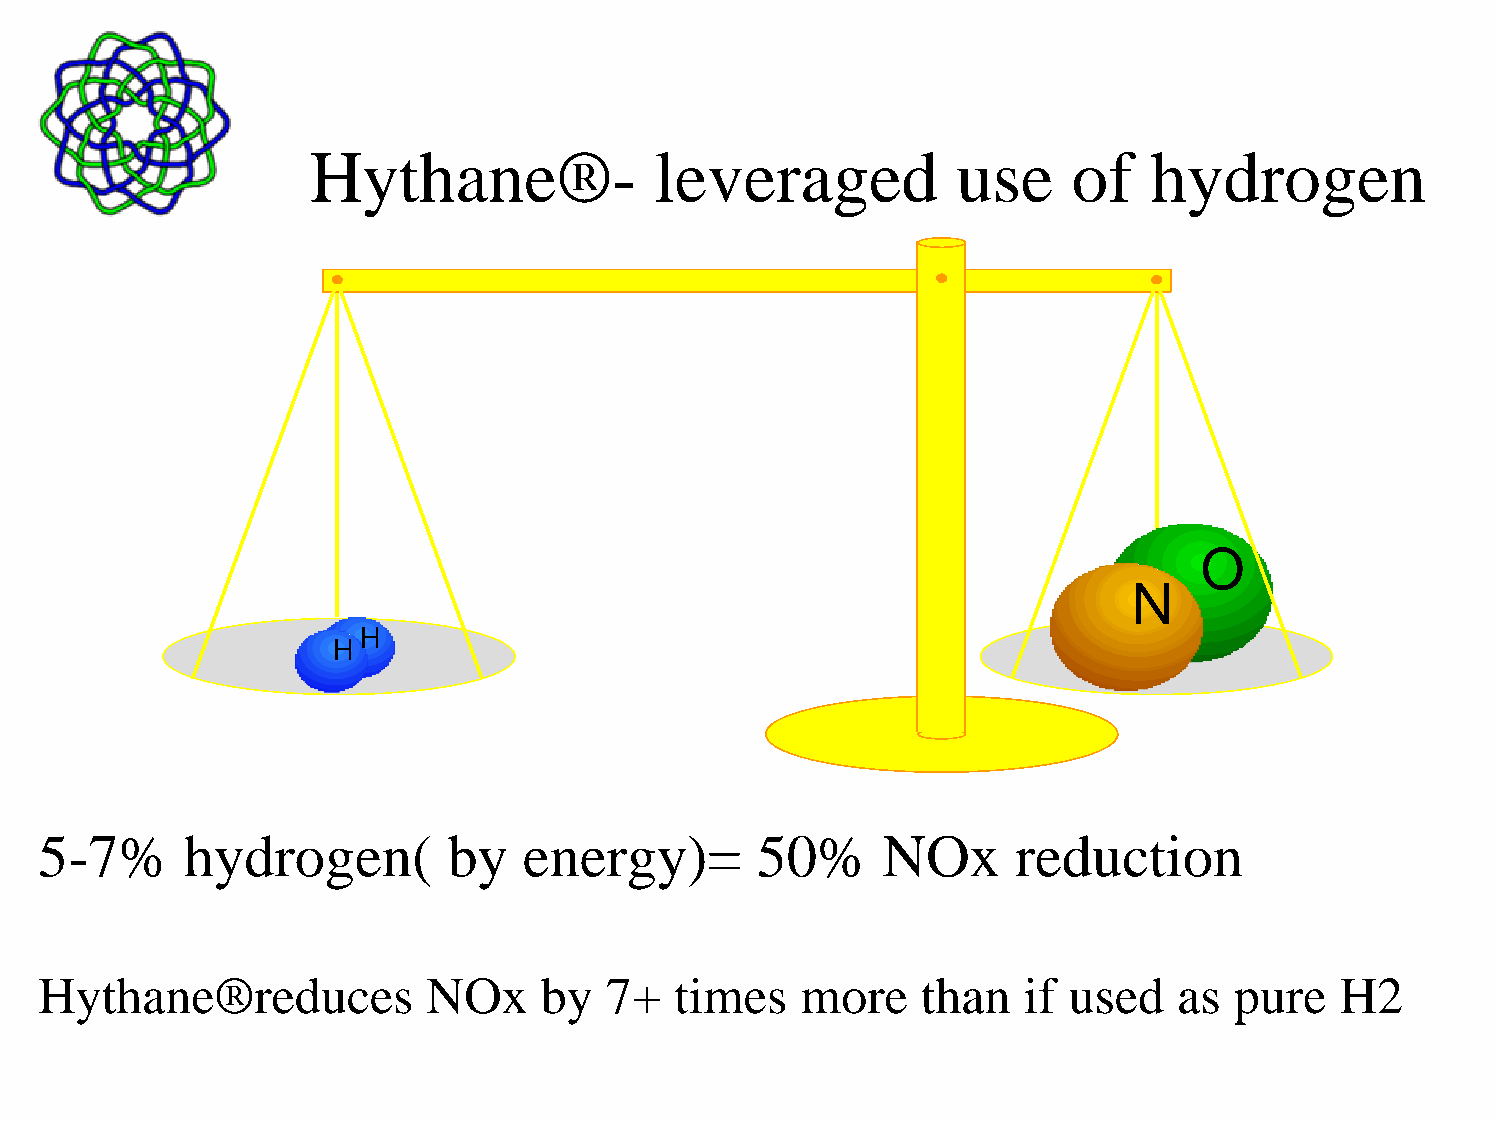
Hythane®-             leveraged           use     of   hydrogen
 O
 N
 H
 H
 5-7%     hydrogen(         by   energy)=       50%      NOx     reduction
 Hythane®reduces          NOx     by  7+   times   more    than   if used   as  pure   H2